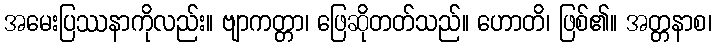
အမေးပြဿနာကိုလည်း။ ဗျာကတ္တာ၊ ဖြေဆိုတတ်သည်။ ဟောတိ၊ ဖြစ်၏။ အတ္တနာစ၊